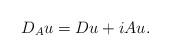
LaTeX: \begin{align*} D_A u = D u + i Au.\end{align*}